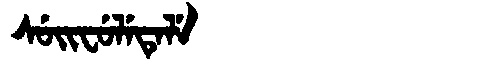
Manchu: ᠰᡠᡳᠸᡠᠯᡝᡨᡝᠯᡝ
Romanization: SUIFULETELE